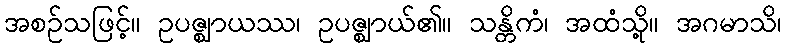
အစဉ်သဖြင့်။ ဥပဇ္ဈာယဿ၊ ဥပဇ္ဈာယ်၏။ သန္တိကံ၊ အထံသို့။ အဂမာသိ၊